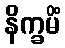
နိက္ခမိံ